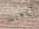
يمكنك